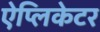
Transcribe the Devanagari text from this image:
ऐप्लिकेटर